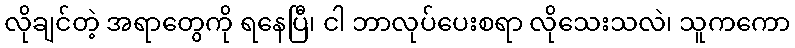
လိုချင်တဲ့ အရာတွေကို ရနေပြီ၊ ငါ ဘာလုပ်ပေးစရာ လိုသေးသလဲ၊ သူကကော